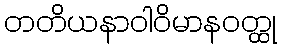
တတိယနာဝါဝိမာနဝတ္ထု